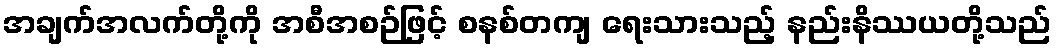
အချက်အလက်တို့ကို အစီအစဉ်ဖြင့် စနစ်တကျ ရေးသားသည့် နည်းနိဿယတို့သည်